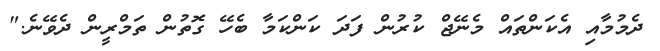
ދެމުމާއި އެކަންތައް މެނޭޖް ކުރުން ފަދަ ކަންކަމާ ބެހޭ ގޮތުން ތަމްރީން ދެވޭނެ."